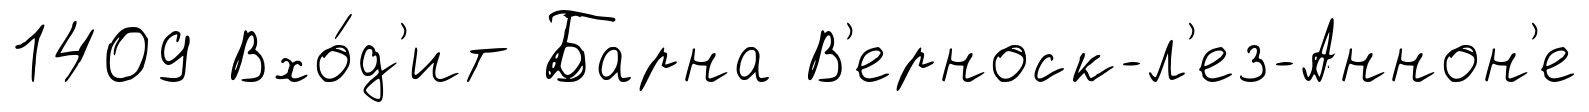
1409 Вхо́д'ит Барна В'ерноск-л'ез-Аннон'е